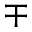
\mp